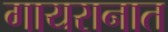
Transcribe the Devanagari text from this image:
गायरानात